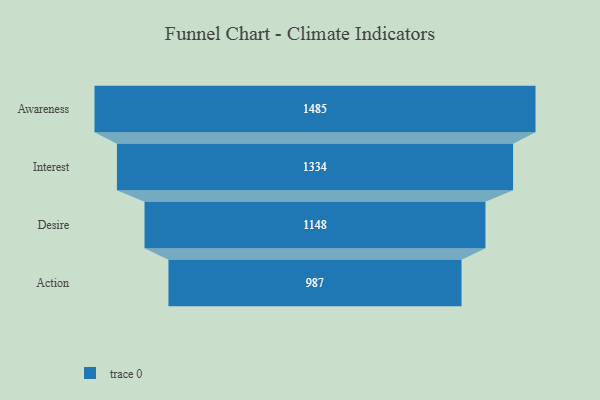
{"axis": {"x": "Stage", "y": "Value"}, "legend": [""], "data": [{"x": "Awareness", "y": 1485.0, "type": ""}, {"x": "Interest", "y": 1334.0, "type": ""}, {"x": "Desire", "y": 1148.0, "type": ""}, {"x": "Action", "y": 987.0, "type": ""}]}